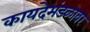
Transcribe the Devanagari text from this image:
कायदेमंडळावर